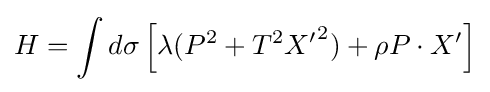
H=\int d\sigma \left[\lambda (P^{2}+T^{2}{X'}^{2})+\rho P\cdot X'\right]